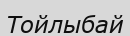
Тойлыбай